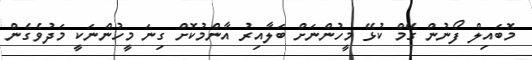
މޮބައިލް ފޯނުން ގޭމް ކުޅޭ މީހުންނަށް ބަލާއިރު އާންމުކޮށް ގިނަ މީހުންނަކީ މަދުވެގެން